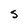
Character: s